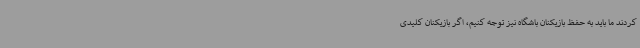
کردند ما باید به حفظ بازیکنان باشگاه نیز توجه کنیم، اگر بازیکنان کلیدی